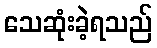
သေဆုံးခဲ့ရသည်